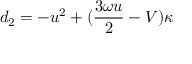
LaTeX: d _ { 2 } = - u ^ { 2 } + ( \frac { 3 \omega u } { 2 } - V ) \kappa